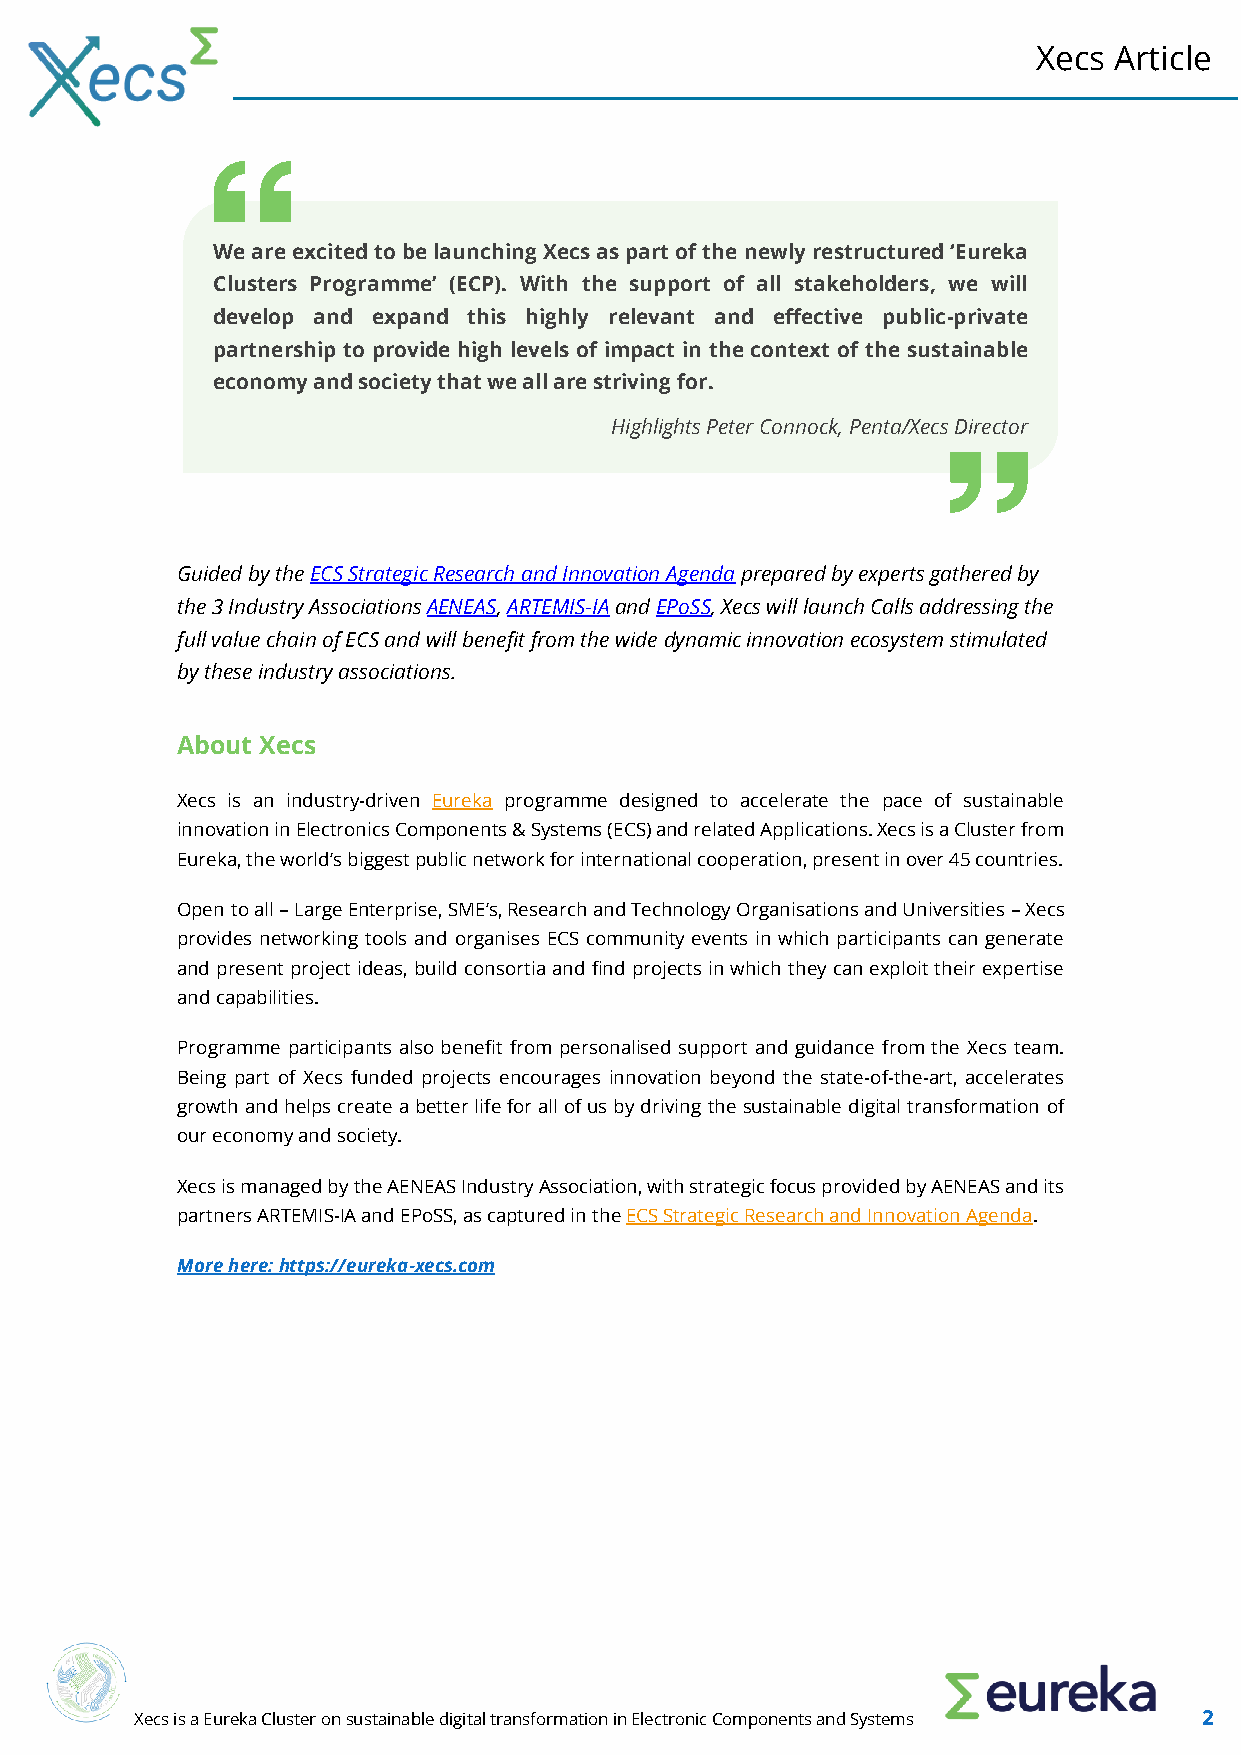
Xecs Article
 We are excited to be launching Xecs as part of the newly restructured ‘Eureka
 Clusters Programme’ (ECP). With the support of all stakeholders, we will
 develop and expand this highly relevant and effective public-private
 partnership to provide high levels of impact in the context of the sustainable
 economy and society that we all are striving for.
 Highlights Peter Connock, Penta/Xecs Director
 Guided by the ECS Strategic Research and Innovation Agenda prepared by experts gathered by
 the 3 Industry Associations AENEAS, ARTEMIS-IA and EPoSS, Xecs will launch Calls addressing the
 full value chain of ECS and will benefit from the wide dynamic innovation ecosystem stimulated
 by these industry associations.
 About Xecs
 Xecs is an industry-driven Eureka programme designed to accelerate the pace of sustainable
 innovation in Electronics Components & Systems (ECS) and related Applications. Xecs is a Cluster from
 Eureka, the world’s biggest public network for international cooperation, present in over 45 countries.
 Open to all – Large Enterprise, SME’s, Research and Technology Organisations and Universities – Xecs
 provides networking tools and organises ECS community events in which participants can generate
 and present project ideas, build consortia and find projects in which they can exploit their expertise
 and capabilities.
 Programme participants also benefit from personalised support and guidance from the Xecs team.
 Being part of Xecs funded projects encourages innovation beyond the state-of-the-art, accelerates
 growth and helps create a better life for all of us by driving the sustainable digital transformation of
 our economy and society.
 Xecs is managed by the AENEAS Industry Association, with strategic focus provided by AENEAS and its
 partners ARTEMIS-IA and EPoSS, as captured in the ECS Strategic Research and Innovation Agenda.
 More here: https://eureka-xecs.com
 Xecs is a Eureka Cluster on sustainable digital transformation in Electronic Components and Systems 2